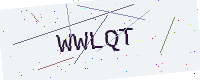
Text: WWLQT